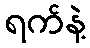
ရက်နဲ့